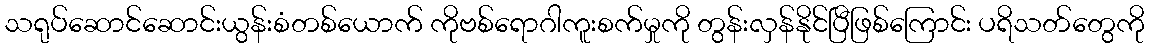
သရုပ်ဆောင်ဆောင်းယွန်းစံတစ်ယောက် ကိုဗစ်ရောဂါကူးစက်မှုကို တွန်းလှန်နိုင်ပြီဖြစ်ကြောင်း ပရိသတ်တွေကို